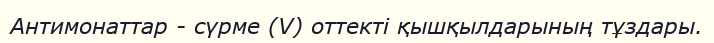
Антимонаттар - сүрме (V) оттекті қышқылдарының тұздары.